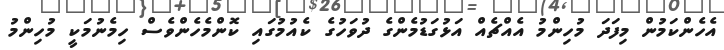
އެހެންކަމުން މިފަދަ މުހިންމު އެއްޗެއް އަޅުގަޑުމެންގެ ދުވަހުގެ ކެއުމުގައި ކޮންމެހެންވެސް ހިމެނުމަކީ މުހިންމު